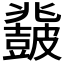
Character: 𱲈